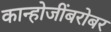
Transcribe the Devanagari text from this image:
कान्होजींबरोबर